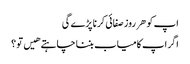
اپ کو هر روز صفائی کرنا پڑے گی
اگر اپ کامیاب بننا چاہتے هیں تو ؟